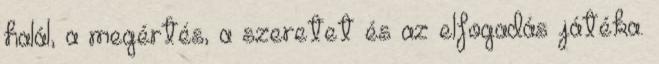
halál, a megértés, a szeretet és az elfogadás játéka.